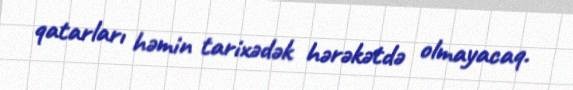
qatarları həmin tarixədək hərəkətdə olmayacaq.